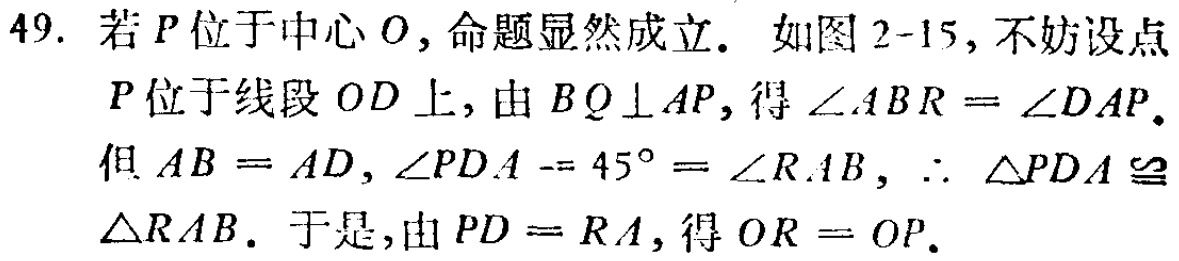
49. 若 \(P\) 位于中心 \(O\)，命题显然成立. 如图 2-15，不妨设点
\(P\) 位于线段 \(OD\) 上，由 \(BQ\perp AP\)，得 \(\angle ABR = \angle DAP\).
但 \(AB = AD\)，\(\angle PDA = 45^{\circ}= \angle RAB\)，\(\therefore \triangle PDA\cong\)
\(\triangle RAB\). 于是，由 \(PD = RA\)，得 \(OR = OP\).